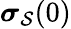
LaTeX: \boldsymbol{\sigma}_{\mathcal{S}}(0)